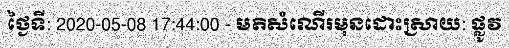
ថ្ងៃទី: 2020-05-08 17:44:00 - មតិសំណើរមុនដោះស្រាយ: ផ្លូវ